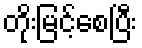
တိုးမြင့်စေပြီး